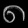
Digit: ၈